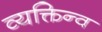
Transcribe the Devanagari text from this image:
व्यक्तिन्व